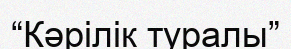
“Кәрілік туралы”